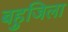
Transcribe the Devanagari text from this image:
बहुजिला